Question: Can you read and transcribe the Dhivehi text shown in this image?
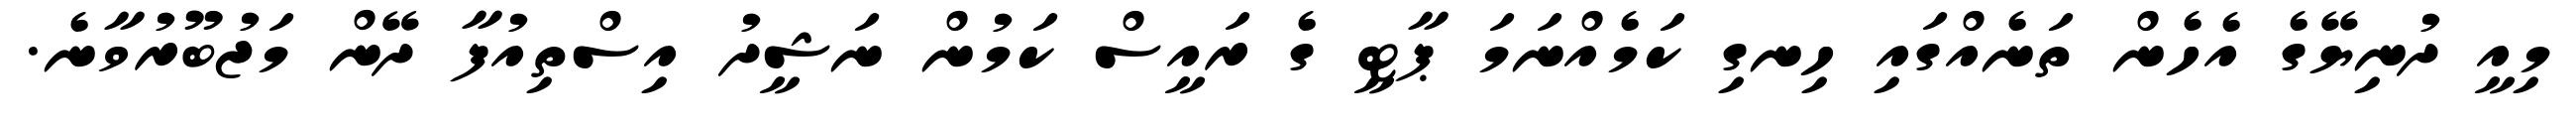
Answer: މިއީ ދުނިޔޭގެ އެހެން ތަނެއްގައި ހިނގި ކަމެއްނަމަ ޕާޓީ ގެ ރައީސް ކަމުން ނަޝީދު އިސްތިއުފާ ދޭން މަޖުބޫރުވާނެ.